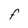
Character: F